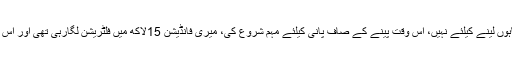
ان کا کہنا تھا گورنر بنا اور کہا تھا لوگوں کودینے کیلئے آیاہوں لینے کیلئے نہیں، اس وقت پینے کے صاف پانی کیلئے مہم شروع کی، میری فانڈیشن 15لاکھ میں فلٹریشن لگارہی تھی اور اس وقت کی حکومت ڈیڑھ لاکھ میں فلٹریشن پلانٹ لگارہی تھی۔